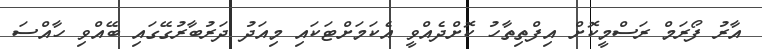
އާރު ފޯރަމް ރަސްމީކޮށް އިފްތިތާހު ކޮށްދެއްވީ އެކަމަށްޓަކައި މިއަދު ދަރުބާރުގޭގައި ބޭއްވި ހާއްސަ